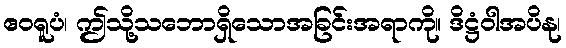
ဧဝရူပံ၊ ဤသို့သဘောရှိသောအခြင်းအရာကို။ ဒိဋ္ဌံဝါအပိနု၊